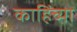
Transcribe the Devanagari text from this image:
काहिंच्या